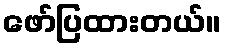
ဖော်ပြထားတယ်။